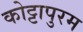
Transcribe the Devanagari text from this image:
कोट्टापुरम